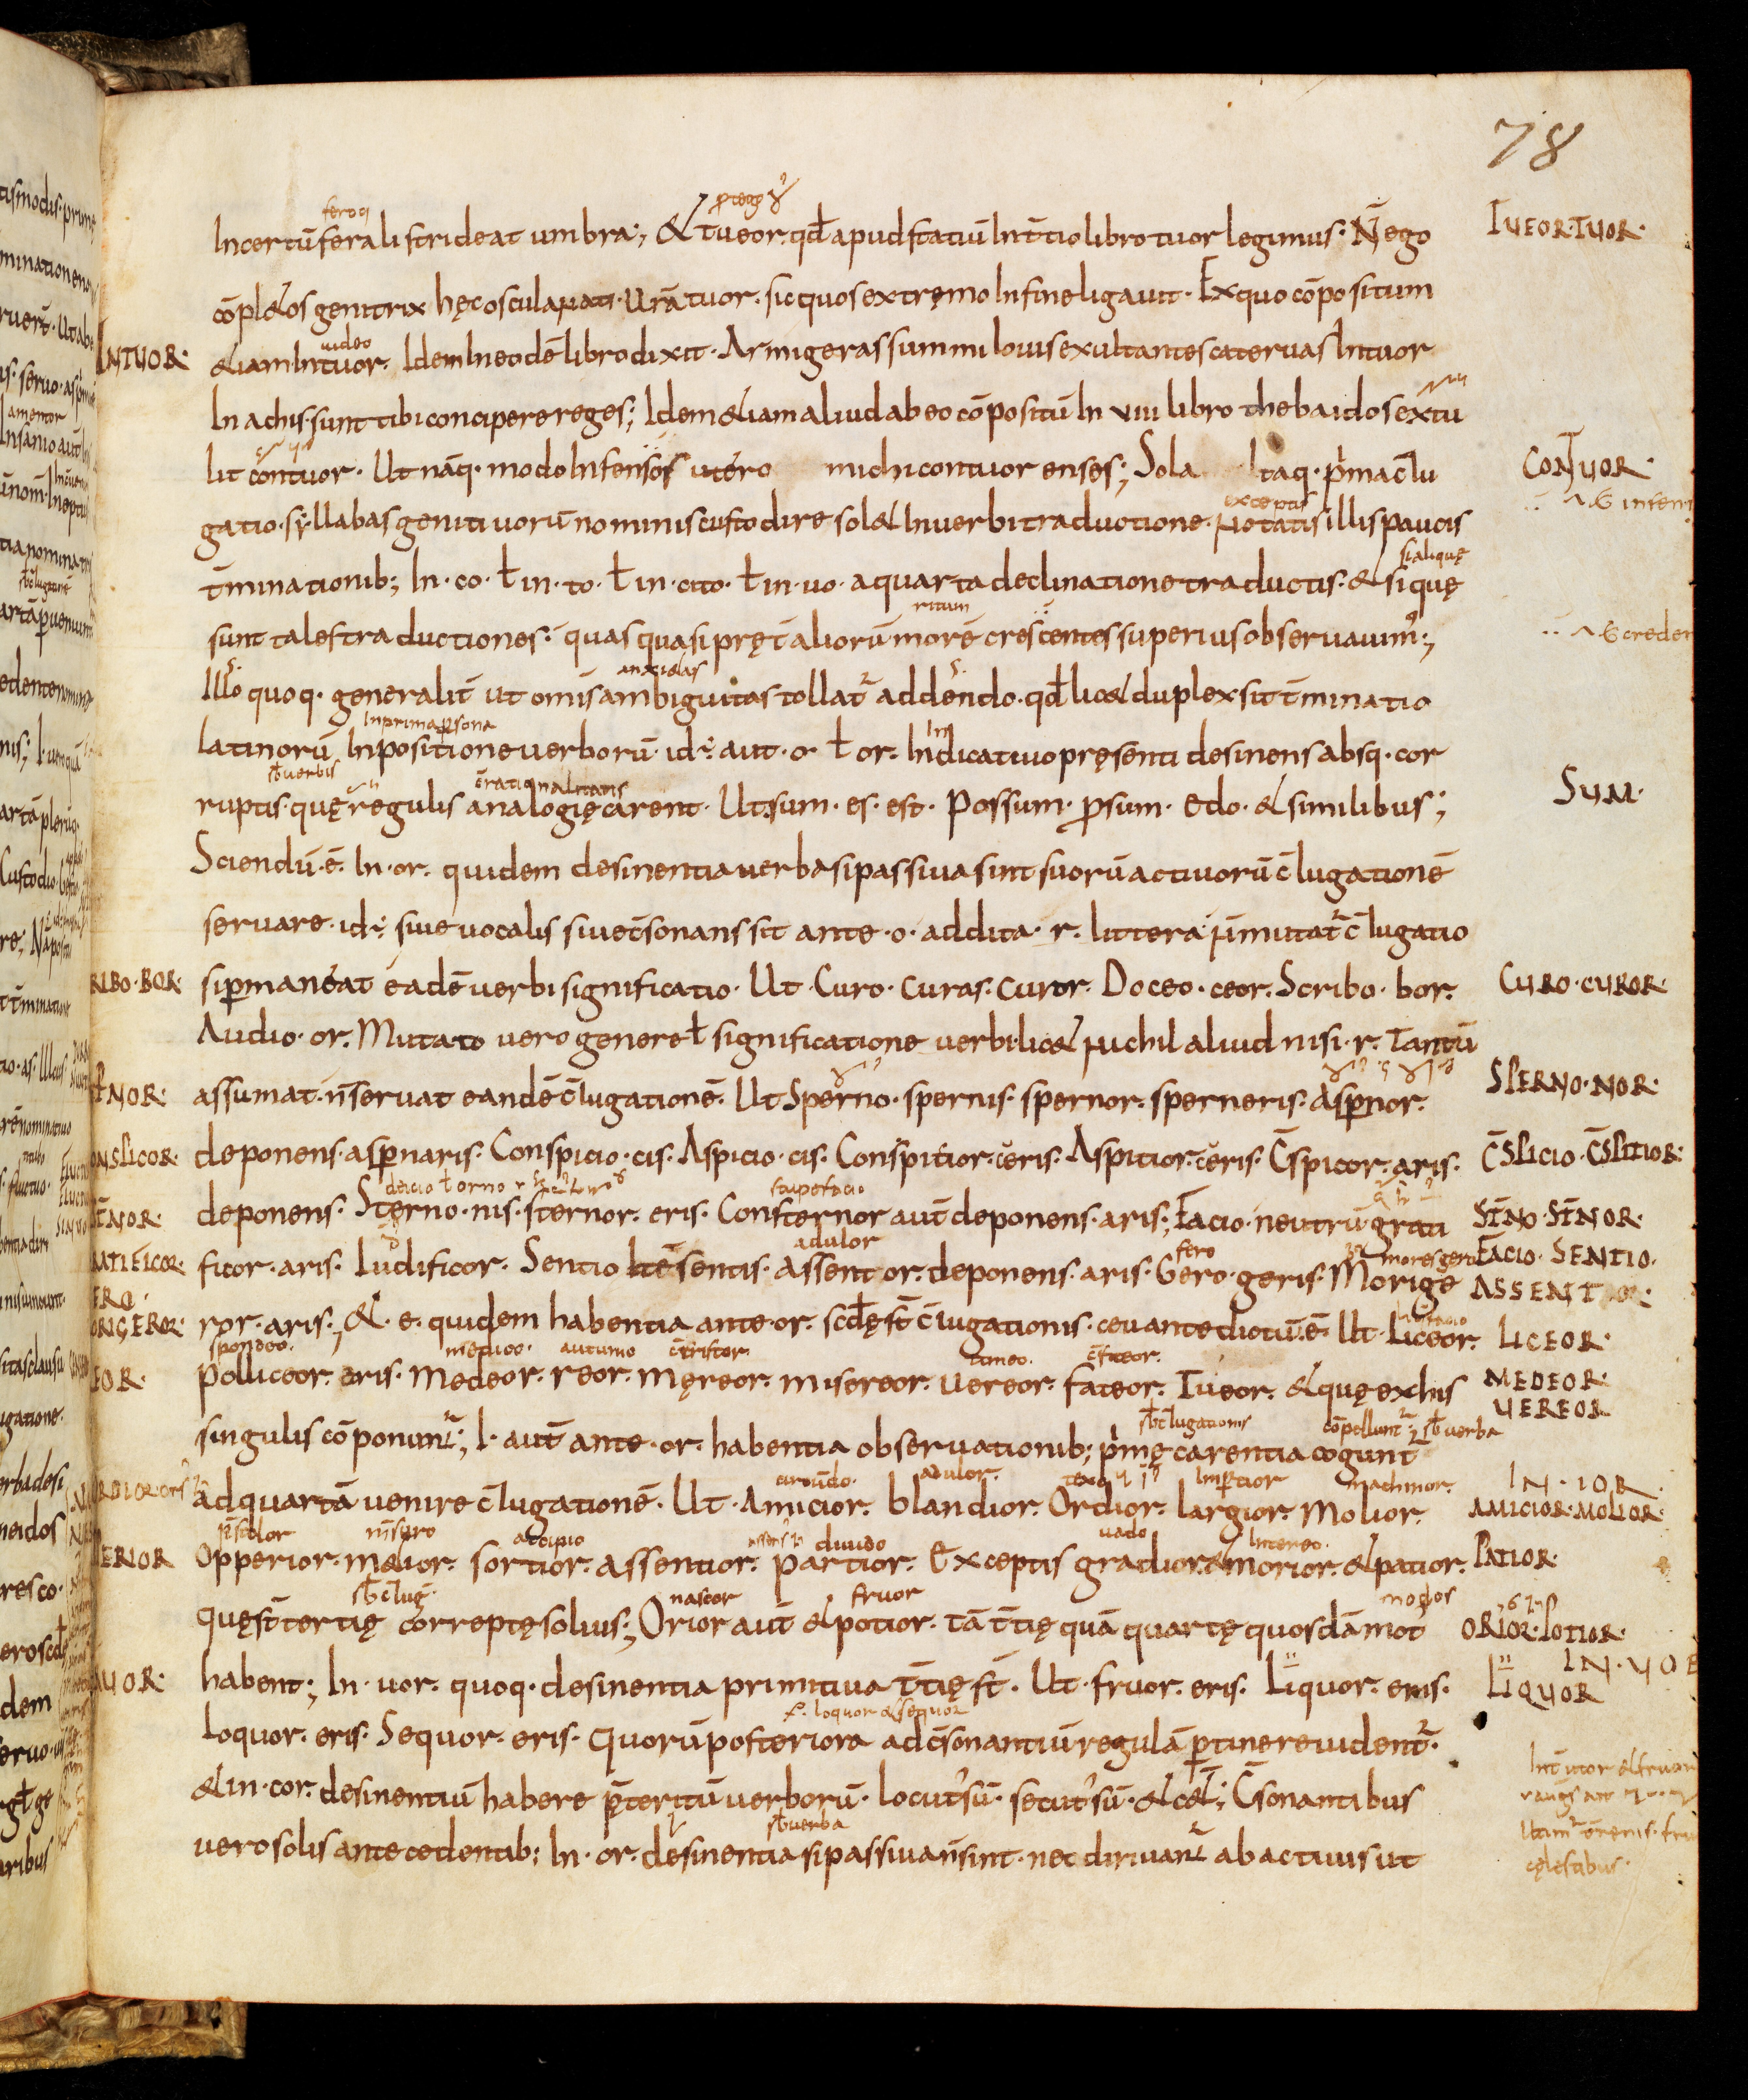
Shelfmark: Bamberg, Staatsbibliothek, MS Class. 30
Century: 9